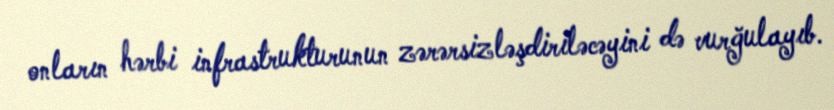
onların hərbi infrastrukturunun zərərsizləşdiriləcəyini də vurğulayıb.